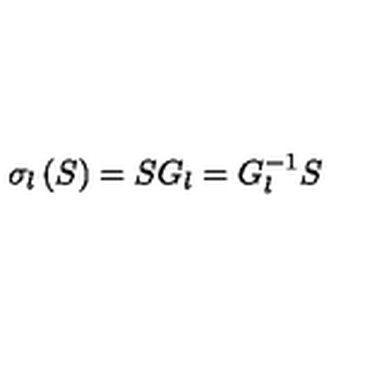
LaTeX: \sigma _ { l } \left( S \right) = S G _ { l } = G _ { l } ^ { - 1 } S